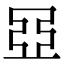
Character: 𬻞